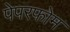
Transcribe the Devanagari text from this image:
पेपरफोम